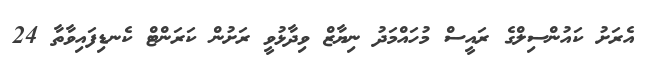
އެރަށު ކައުންސިލްގެ ރައީސް މުހައްމަދު ނިޔާޒް ވިދާޅުވީ ރަށުން ކަރަންޓް ކެނޑިފައިވާތާ 24